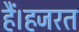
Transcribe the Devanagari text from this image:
हैं।हजरत